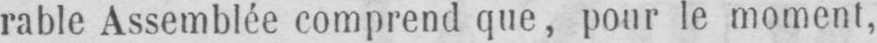
rable Assemblée comprend que, pour le moment,